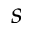
s